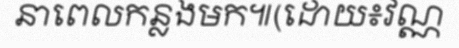
នាពេលកន្លងមក៕(ដោយ៖វណ្ណ